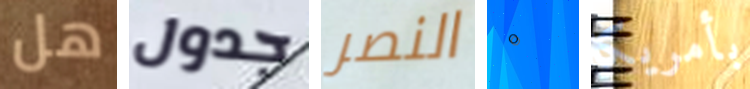
هل جدول النصر 0 بأمريكا